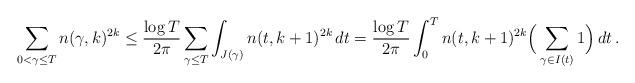
LaTeX: \begin{align*}\sum_{0<\gamma \le T}n(\gamma,k)^{2k}\le \frac{\log T}{2\pi}\sum_{\gamma\le T}\int_{J(\gamma)}n(t,k+1)^{2k}\,dt= \frac{\log T}{2\pi}\int_0^T n(t,k+1)^{2k}\Big(\sum_{\gamma\in I(t)} 1\Big)\,dt\,.\end{align*}